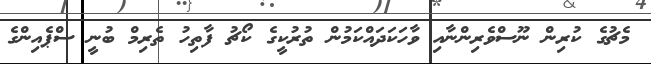
މެޗުގެ ކުރިން ނޫސްވެރިންނާއި ވާހަކަދައްކަމުން ތުރުކީގެ ކޯޗު ފާތިހު ތެރިމް ބުނީ ސްޕެއިންގެ